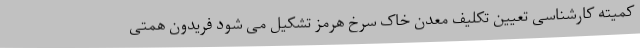
کمیته کارشناسی تعیین تکلیف معدن خاک سرخ هرمز تشکیل می شود فریدون همتی